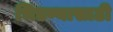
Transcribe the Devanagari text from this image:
भिडण्यासाठी